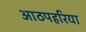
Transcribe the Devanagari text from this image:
आठपहरिया